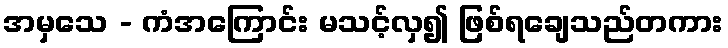
အမှသေ - ကံအကြောင်း မသင့်လှ၍ ဖြစ်ရချေသည်တကား